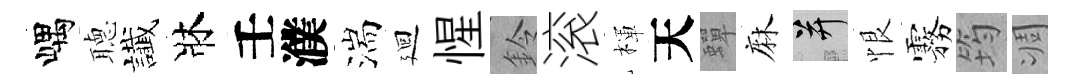
嵎𦗟䜟牀壬濮湍廻惺鈴滚楎天蟬麻并恨霧筠凋